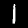
Digit: 1